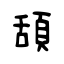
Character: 頢